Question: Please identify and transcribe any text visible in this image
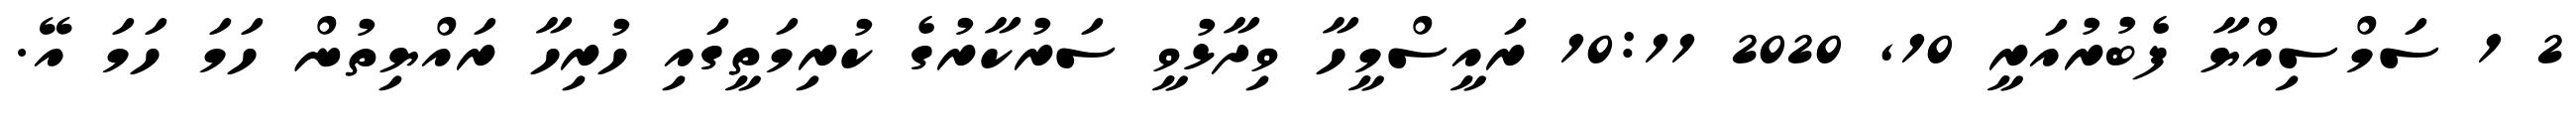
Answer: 2 1 ސަމްސިއްޔާ ފެބުރުއަރީ 10, 2020 10:11 ރައީސްމީހާ ވިދާޅުވީ ސަރުކާރުގެ ކުރިމަތީގައި ހުރިހާ ރައްޔިތުން ހަމަ ހަމަ އޭ.